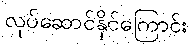
လုပ်ဆောင်နိုင်ကြောင်း